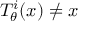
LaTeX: T _ { \theta } ^ { i } ( x ) \neq x